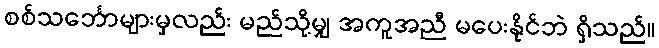
စစ်သင်္ဘောများမှလည်း မည်သို့မျှ အကူအညီ မပေးနိုင်ဘဲ ရှိသည်။